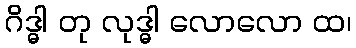
ဂိဒ္ဓါ တု လုဒ္ဓါ လောလော ထ၊